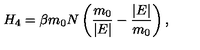
H _ { 4 } = \beta m _ { 0 } N \left( \frac { m _ { 0 } } { \vert E \vert } - \frac { \vert E \vert } { m _ { 0 } } \right) ,